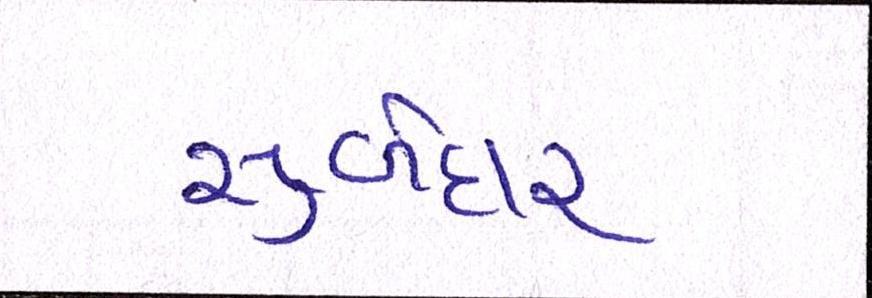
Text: સુબેદાર